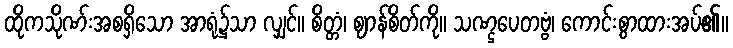
ထိုကသိုဏ်းအစရှိသော အာရုံ၌သာ လျှင်။ စိတ္တံ၊ ဈာန်စိတ်ကို။ သဏ္ဌပေတဗ္ဗံ၊ ကောင်းစွာထားအပ်၏။